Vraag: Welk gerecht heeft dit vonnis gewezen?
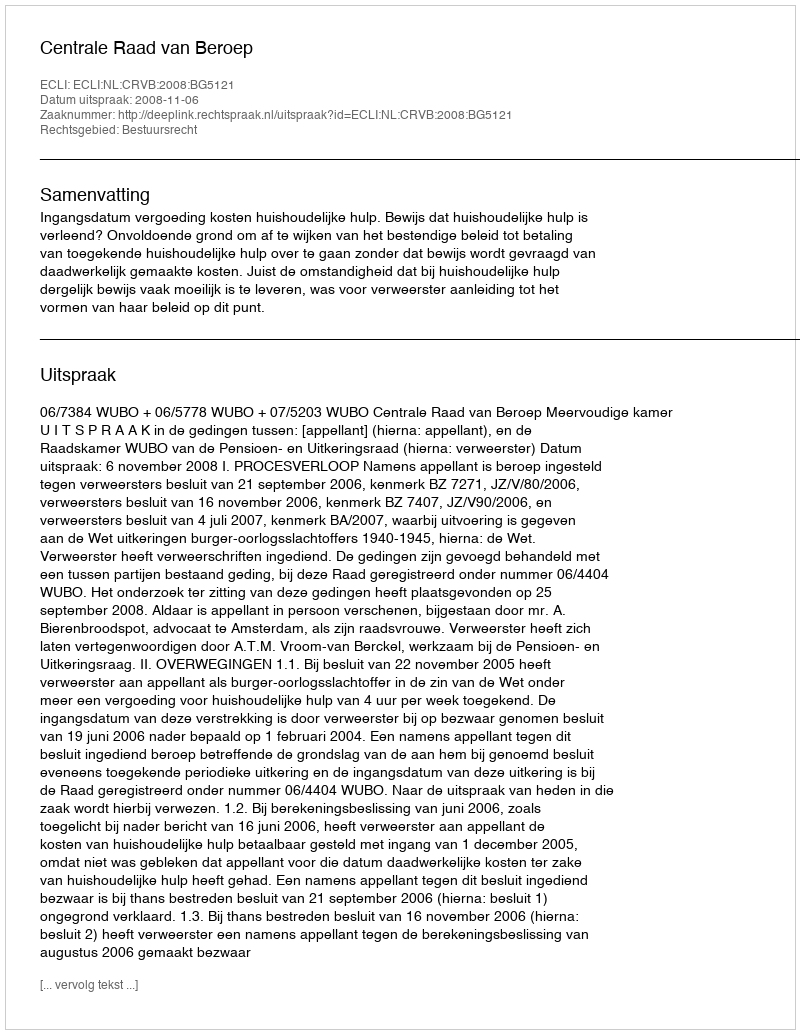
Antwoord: Centrale Raad van Beroep